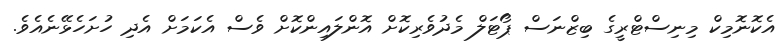
އެކޮނޮމިކް މިނިސްޓްރީގެ ބިޒްނަސް ޕޯޓަލް މެދުވެރިކޮށް އޮންލައިންކޮށް ވެސް އެކަމަށް އެދި ހުށަހެޅޭނެއެވެ.